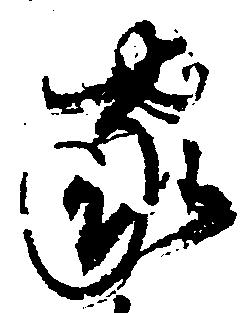
家